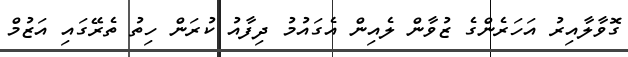
ގޮވާލާއިރު އަހަރެންގެ ޒުވާން ލެއިން އެގައުމު ދިފާއު ކުރަން ހިތު ތެރޭގައި އަޒުމް